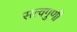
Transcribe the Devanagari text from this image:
सत्वगुणी